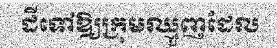
ដីទៅឱ្យក្រុមឈ្មួញដែល